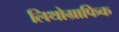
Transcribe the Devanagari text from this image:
लिथोग्राफिक